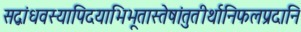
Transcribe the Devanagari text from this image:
सद्बांधवस्यापिदयाभिभूतास्तेषांतुतीर्थानिफलप्रदानि